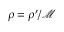
\boldsymbol { \rho } = \boldsymbol { \rho } ^ { \prime } / \mathcal { M }